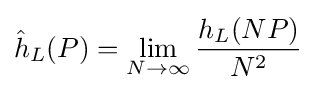
{\hat {h}}_{L}(P)=\lim _{N\rightarrow \infty }{\frac {h_{L}(NP)}{N^{2}}}